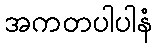
အကတပါပါနံ